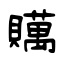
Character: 贎